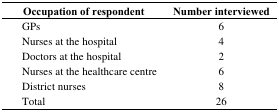
<table><thead><tr><td><b>Occupation of respondent</b></td><td><b>Number interviewed</b></td></tr></thead><tbody><tr><td>GPs </td><td>6</td></tr><tr><td>Nurses at the hospital</td><td>4</td></tr><tr><td>Doctors at the hospital</td><td>2</td></tr><tr><td>Nurses at the healthcare centre</td><td>6</td></tr><tr><td>District nurses</td><td>8</td></tr><tr><td>Total</td><td>26</td></tr></tbody></table>